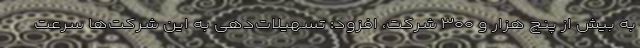
به بیش از پنج هزار و ۳۰۰ شرکت، افزود: تسهیلات‌دهی به این شرکت‌ها سرعت